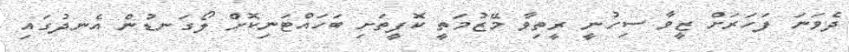
ދެވަނަ ފަހަރަށް ޒީވާ ސިހުނީ ރީތިވާ މޭޒުމަތީ ކޮފީތަށި ބަހައްޓަނިކޮށް ލޯގަނޑުން އެނދުގައި